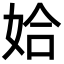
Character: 姶